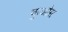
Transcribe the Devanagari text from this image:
कुओस